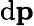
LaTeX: \mathrm{d}\mathbf{p}